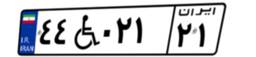
۹۴W۲۲۷۳۲